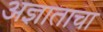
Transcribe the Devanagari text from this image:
अज्ञाताचा